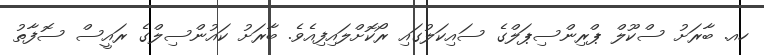
ހއ. ބާރަށު ސްކޫލް ޕްރިންސިޕަލްގެ ސައިކަލުގައި ރޯކޮށްލައިފިއެވެ. ބާރަށު ކައުންސިލްގެ ރައީސް ސޮފާތު